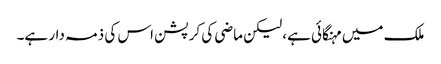
ملک میں مہنگائی ہے، لیکن ماضی کی کرپشن اس کی ذمہ دار ہے۔